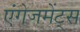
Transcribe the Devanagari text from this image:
एंगेजमेंट्स